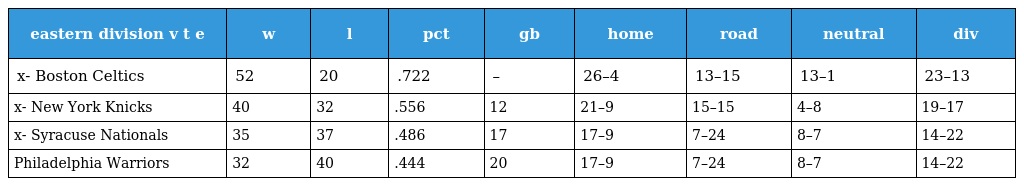
| eastern division v t e | w | l | pct | gb | home | road | neutral | div |
 | --- | --- | --- | --- | --- | --- | --- | --- | --- |
 | x- Boston Celtics | 52 | 20 | .722 | – | 26–4 | 13–15 | 13–1 | 23–13 |
 | x- New York Knicks | 40 | 32 | .556 | 12 | 21–9 | 15–15 | 4–8 | 19–17 |
 | x- Syracuse Nationals | 35 | 37 | .486 | 17 | 17–9 | 7–24 | 8–7 | 14–22 |
 | Philadelphia Warriors | 32 | 40 | .444 | 20 | 17–9 | 7–24 | 8–7 | 14–22 |